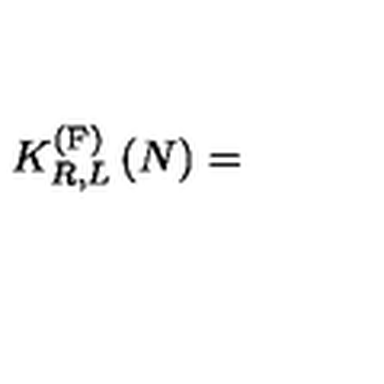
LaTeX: K _ { R , L } ^ { \left( \mathrm { F } \right) } \left( N \right) =